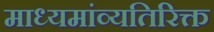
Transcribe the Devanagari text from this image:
माध्यमांव्यतिरिक्त